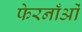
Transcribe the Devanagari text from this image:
फेरनाँओं